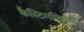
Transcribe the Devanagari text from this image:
कैस्टिगलिएनी